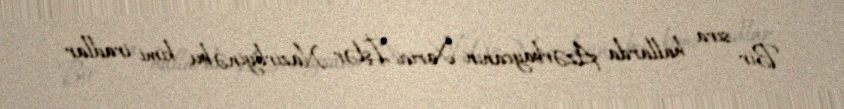
Bir sıra hallarda Azərbaycanın Xarici İşlər Nazirliyinə bu kimi iradlar